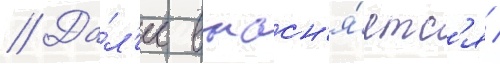
// Да́л'ее выасн'я́етс'я /